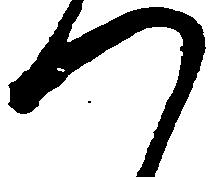
つ